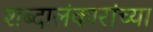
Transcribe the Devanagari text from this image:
शब्दालंकारांच्या